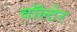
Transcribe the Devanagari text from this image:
वॉल्टेर